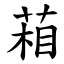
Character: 葙